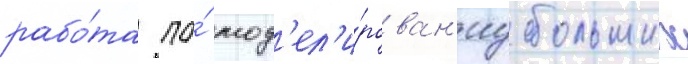
рабо́та по́ мод'ел'и́рован'иу больших